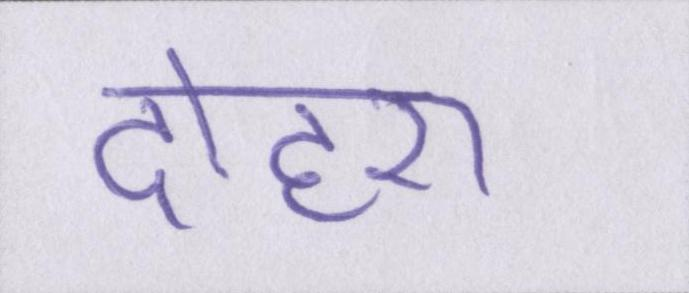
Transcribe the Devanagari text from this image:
दोहरा